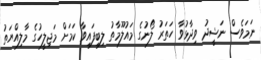
ނަމަވެސް ނަޝީދު ވިދާޅުވާ ހަތަރު ލޯނުގެ މައުލޫމާތު ލިބިފައިވާ ކަމަށް މަޖިލީހުގެ މާލިއްޔަތު